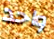
واحد